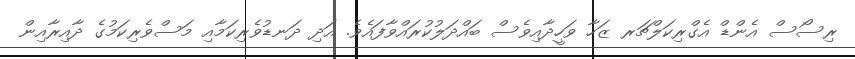
ރިސޯސް އެންޑް އެގްރިކަލްޗަރ ޒަހާ ވަހީދާއިވެސް ބައްދަލުކުރައްވާފައެވެ. އަދި ދަނޑުވެރިކަމާއި މަސްވެރިކަމުގެ ދާއިރާއިން